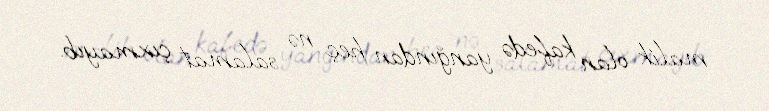
malik olan kafedə yanğından heç nə salamat çıxmayıb.